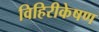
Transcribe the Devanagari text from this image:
विहिरीकेषण